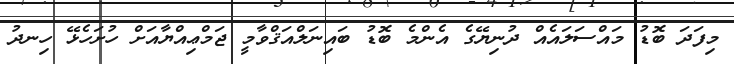
މިފަދަ ބޮޑު މައްސަލައެއް ދުނިޔޭގެ އެންމެ ބޮޑު ބައިނަލްއަޤްވާމީ ޖަމްޢިއްޔާއަށް ހުށަހެޅޭ ހިނދު